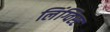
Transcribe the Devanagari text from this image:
लिंग्विस्ट